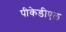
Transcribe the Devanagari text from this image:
पीकेडीएल